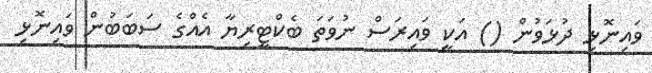
ވައިނޮޅި ދުޅަވުން () އަކީ ވައިރަސް ނުވަތަ ބެކްޓީރިޔާ އެއްގެ ސަބަބުން ވައިނޮޅި